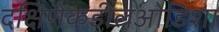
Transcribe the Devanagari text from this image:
दक्षिणेकडीलओडिशा